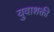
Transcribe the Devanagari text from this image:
युवाशक्ती